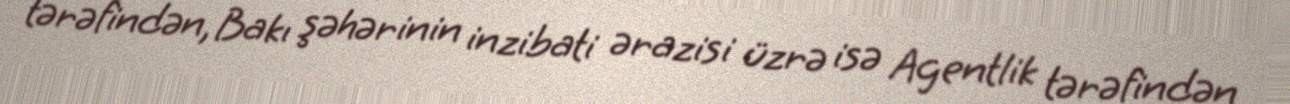
tərəfindən, Bakı şəhərinin inzibati ərazisi üzrə isə Agentlik tərəfindən